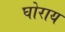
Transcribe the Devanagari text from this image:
घोराय